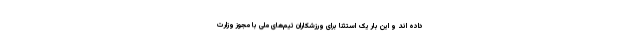
داده اند و این بار یک استثنا برای ورزشکاران تیم‌های ملی با مجوز وزارت